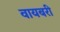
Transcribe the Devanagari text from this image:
वायबरी